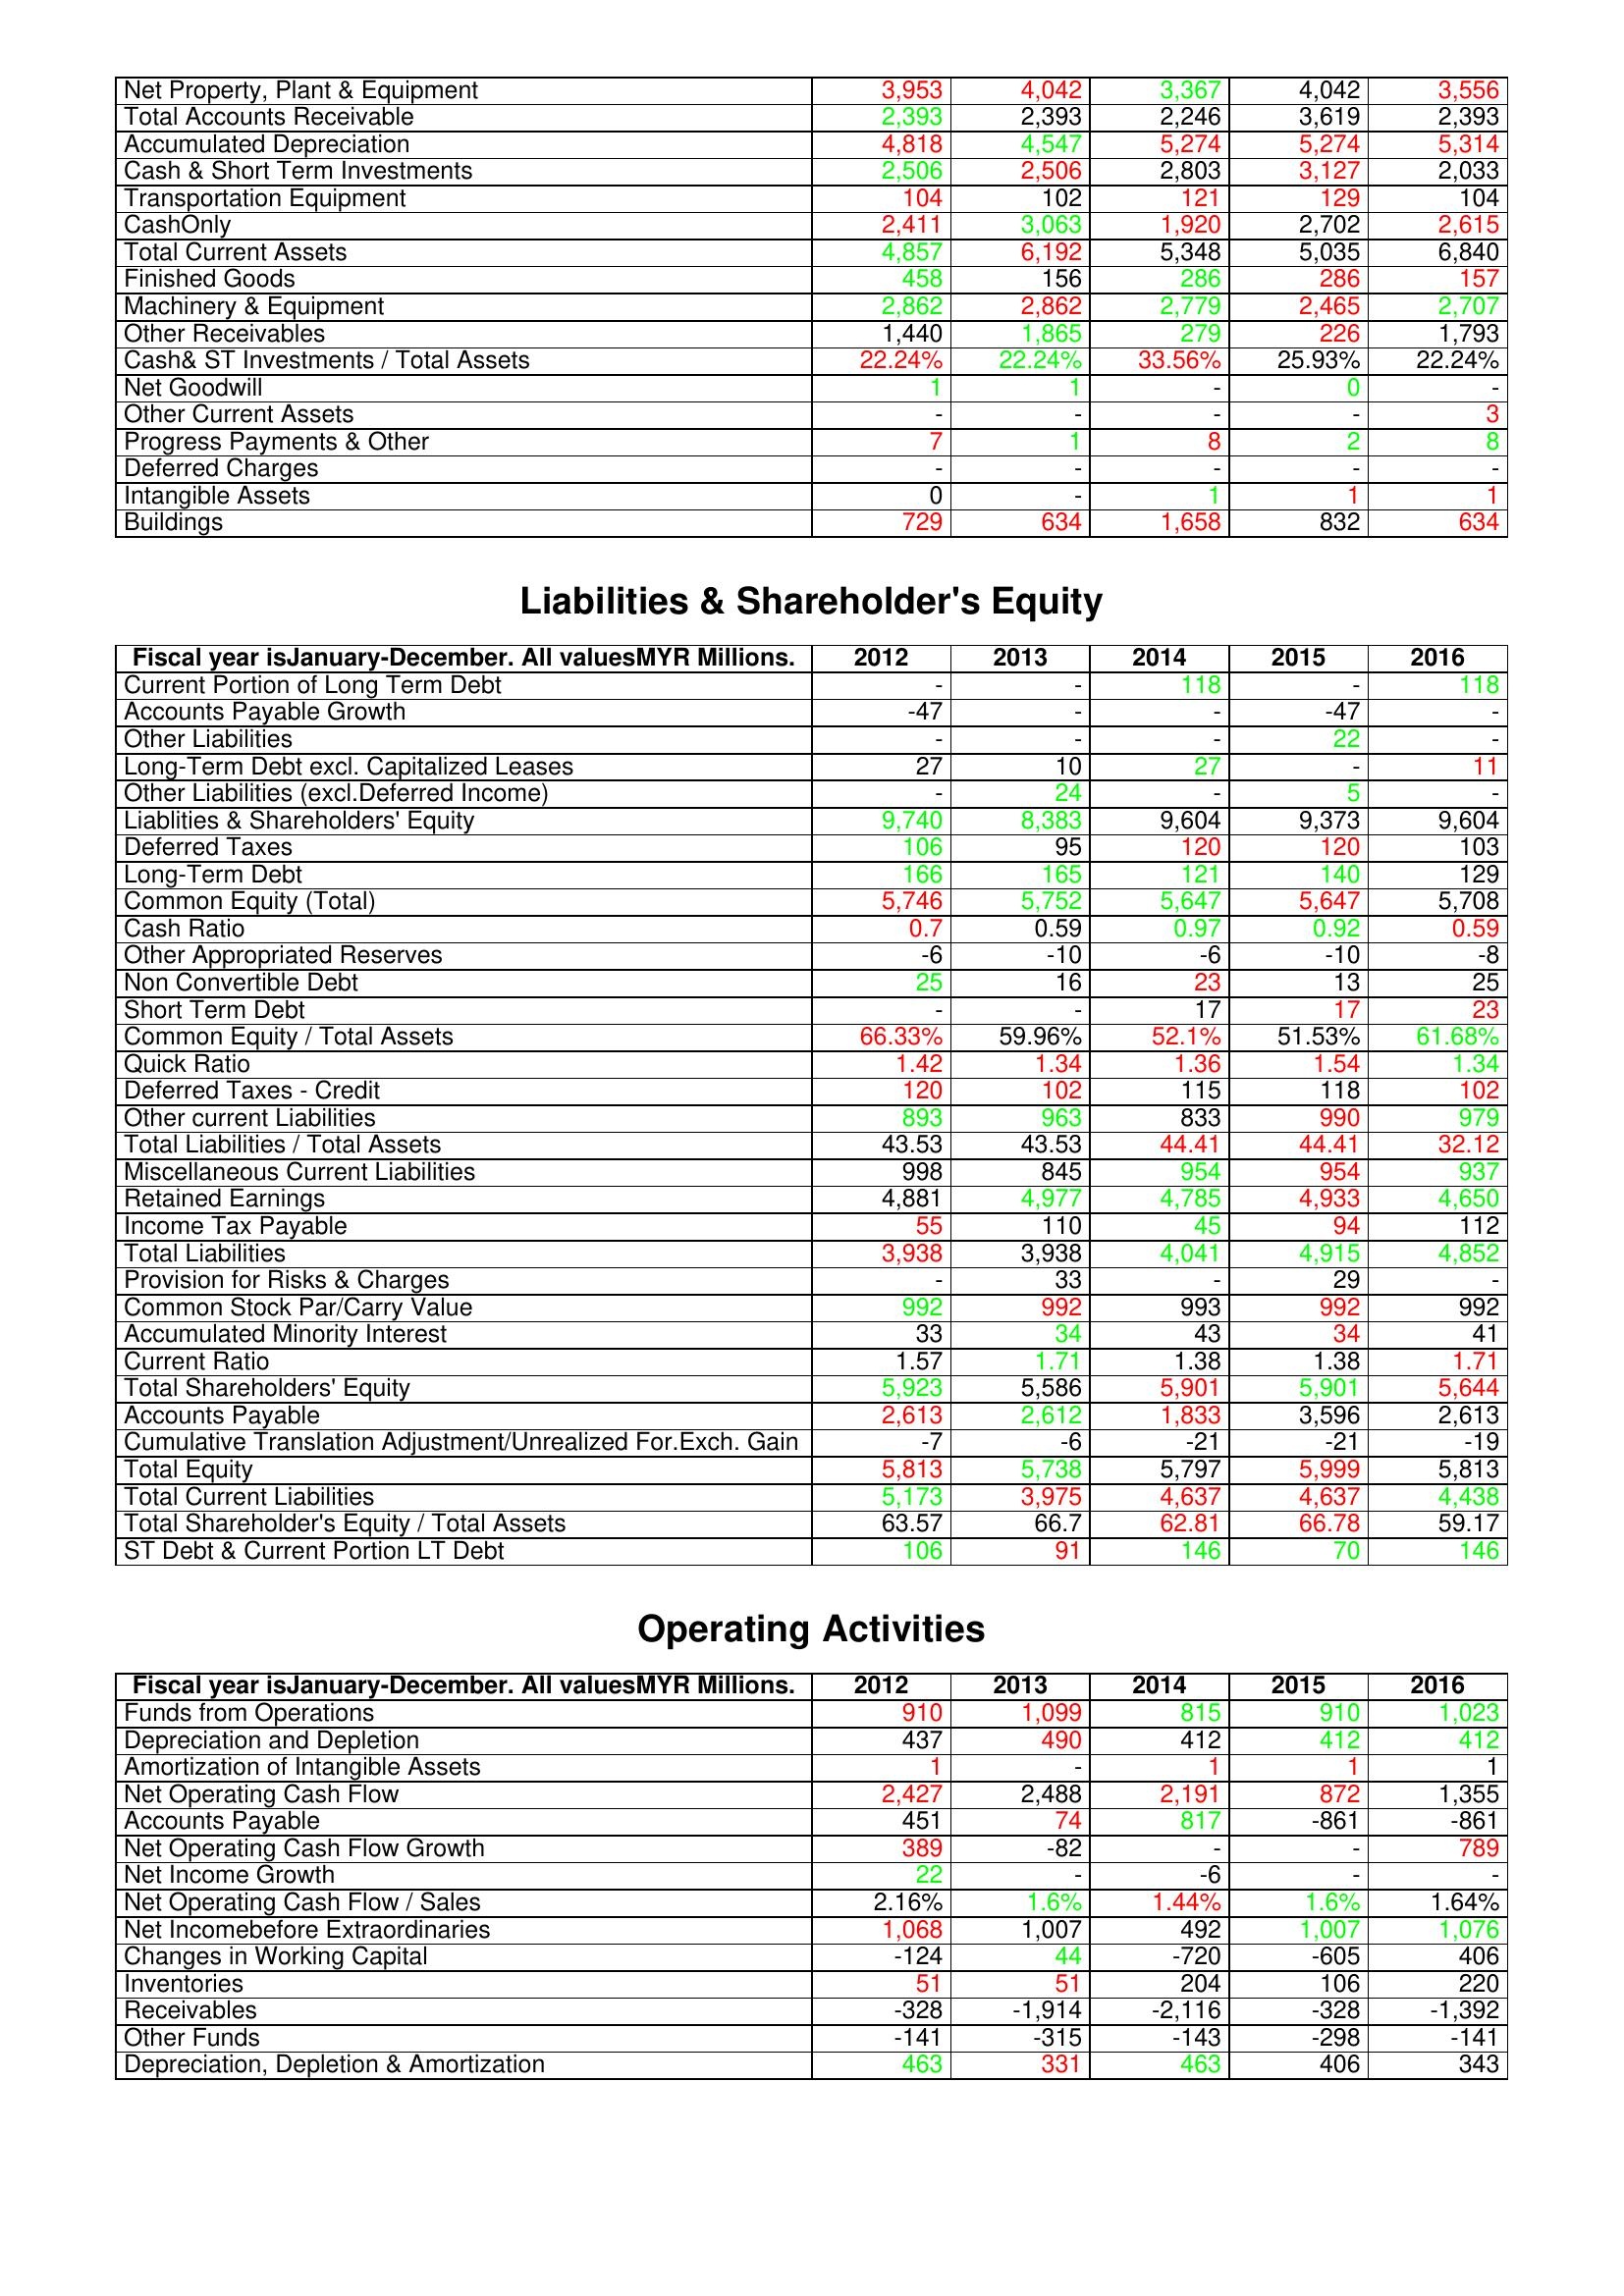
gt_parse: 2012: Assets: Net Property, Plant & Equipment: 3,953
Total Accounts Receivable: 2,393
Accumulated Depreciation: 4,818
Cash & Short Term Investments: 2,506
Transportation Equipment: 104
CashOnly: 2,411
Total Current Assets: 4,857
Finished Goods: 458
Machinery & Equipment: 2,862
Other Receivables: 1,440
Cash& ST Investments / Total Assets: 22.24%
Net Goodwill: 1
Other Current Assets: -
Progress Payments & Other: 7
Deferred Charges: -
Intangible Assets: 0
Buildings: 729
Liabilities & Shareholder's Equity: Current Portion of Long Term Debt: -
Accounts Payable Growth: -47
Other Liabilities: -
Long-Term Debt excl. Capitalized Leases: 27
Other Liabilities (excl.Deferred Income): -
Liablities & Shareholders' Equity: 9,740
Deferred Taxes: 106
Long-Term Debt: 166
Common Equity (Total): 5,746
Cash Ratio: 0.7
Other Appropriated Reserves: -6
Non Convertible Debt: 25
Short Term Debt: -
Common Equity / Total Assets: 66.33%
Quick Ratio: 1.42
Deferred Taxes - Credit: 120
Other current Liabilities: 893
Total Liabilities / Total Assets: 43.53
Miscellaneous Current Liabilities: 998
Retained Earnings: 4,881
Income Tax Payable: 55
Total Liabilities: 3,938
Provision for Risks & Charges: -
Common Stock Par/Carry Value: 992
Accumulated Minority Interest: 33
Current Ratio: 1.57
Total Shareholders' Equity: 5,923
Accounts Payable: 2,613
Cumulative Translation Adjustment/Unrealized For.Exch. Gain: -7
Total Equity: 5,813
Total Current Liabilities: 5,173
Total Shareholder's Equity / Total Assets: 63.57
ST Debt & Current Portion LT Debt: 106
Operating Activities: Funds from Operations: 910
Depreciation and Depletion: 437
Amortization of Intangible Assets: 1
Net Operating Cash Flow: 2,427
Accounts Payable: 451
Net Operating Cash Flow Growth: 389
Net Income Growth: 22
Net Operating Cash Flow / Sales: 2.16%
Net Incomebefore Extraordinaries: 1,068
Changes in Working Capital: -124
Inventories: 51
Receivables: -328
Other Funds: -141
Depreciation, Depletion & Amortization: 463
2013: Assets: Net Property, Plant & Equipment: 4,042
Total Accounts Receivable: 2,393
Accumulated Depreciation: 4,547
Cash & Short Term Investments: 2,506
Transportation Equipment: 102
CashOnly: 3,063
Total Current Assets: 6,192
Finished Goods: 156
Machinery & Equipment: 2,862
Other Receivables: 1,865
Cash& ST Investments / Total Assets: 22.24%
Net Goodwill: 1
Other Current Assets: -
Progress Payments & Other: 1
Deferred Charges: -
Intangible Assets: -
Buildings: 634
Liabilities & Shareholder's Equity: Current Portion of Long Term Debt: -
Accounts Payable Growth: -
Other Liabilities: -
Long-Term Debt excl. Capitalized Leases: 10
Other Liabilities (excl.Deferred Income): 24
Liablities & Shareholders' Equity: 8,383
Deferred Taxes: 95
Long-Term Debt: 165
Common Equity (Total): 5,752
Cash Ratio: 0.59
Other Appropriated Reserves: -10
Non Convertible Debt: 16
Short Term Debt: -
Common Equity / Total Assets: 59.96%
Quick Ratio: 1.34
Deferred Taxes - Credit: 102
Other current Liabilities: 963
Total Liabilities / Total Assets: 43.53
Miscellaneous Current Liabilities: 845
Retained Earnings: 4,977
Income Tax Payable: 110
Total Liabilities: 3,938
Provision for Risks & Charges: 33
Common Stock Par/Carry Value: 992
Accumulated Minority Interest: 34
Current Ratio: 1.71
Total Shareholders' Equity: 5,586
Accounts Payable: 2,612
Cumulative Translation Adjustment/Unrealized For.Exch. Gain: -6
Total Equity: 5,738
Total Current Liabilities: 3,975
Total Shareholder's Equity / Total Assets: 66.7
ST Debt & Current Portion LT Debt: 91
Operating Activities: Funds from Operations: 1,099
Depreciation and Depletion: 490
Amortization of Intangible Assets: -
Net Operating Cash Flow: 2,488
Accounts Payable: 74
Net Operating Cash Flow Growth: -82
Net Income Growth: -
Net Operating Cash Flow / Sales: 1.6%
Net Incomebefore Extraordinaries: 1,007
Changes in Working Capital: 44
Inventories: 51
Receivables: -1,914
Other Funds: -315
Depreciation, Depletion & Amortization: 331
2014: Assets: Net Property, Plant & Equipment: 3,367
Total Accounts Receivable: 2,246
Accumulated Depreciation: 5,274
Cash & Short Term Investments: 2,803
Transportation Equipment: 121
CashOnly: 1,920
Total Current Assets: 5,348
Finished Goods: 286
Machinery & Equipment: 2,779
Other Receivables: 279
Cash& ST Investments / Total Assets: 33.56%
Net Goodwill: -
Other Current Assets: -
Progress Payments & Other: 8
Deferred Charges: -
Intangible Assets: 1
Buildings: 1,658
Liabilities & Shareholder's Equity: Current Portion of Long Term Debt: 118
Accounts Payable Growth: -
Other Liabilities: -
Long-Term Debt excl. Capitalized Leases: 27
Other Liabilities (excl.Deferred Income): -
Liablities & Shareholders' Equity: 9,604
Deferred Taxes: 120
Long-Term Debt: 121
Common Equity (Total): 5,647
Cash Ratio: 0.97
Other Appropriated Reserves: -6
Non Convertible Debt: 23
Short Term Debt: 17
Common Equity / Total Assets: 52.1%
Quick Ratio: 1.36
Deferred Taxes - Credit: 115
Other current Liabilities: 833
Total Liabilities / Total Assets: 44.41
Miscellaneous Current Liabilities: 954
Retained Earnings: 4,785
Income Tax Payable: 45
Total Liabilities: 4,041
Provision for Risks & Charges: -
Common Stock Par/Carry Value: 993
Accumulated Minority Interest: 43
Current Ratio: 1.38
Total Shareholders' Equity: 5,901
Accounts Payable: 1,833
Cumulative Translation Adjustment/Unrealized For.Exch. Gain: -21
Total Equity: 5,797
Total Current Liabilities: 4,637
Total Shareholder's Equity / Total Assets: 62.81
ST Debt & Current Portion LT Debt: 146
Operating Activities: Funds from Operations: 815
Depreciation and Depletion: 412
Amortization of Intangible Assets: 1
Net Operating Cash Flow: 2,191
Accounts Payable: 817
Net Operating Cash Flow Growth: -
Net Income Growth: -6
Net Operating Cash Flow / Sales: 1.44%
Net Incomebefore Extraordinaries: 492
Changes in Working Capital: -720
Inventories: 204
Receivables: -2,116
Other Funds: -143
Depreciation, Depletion & Amortization: 463
2015: Assets: Net Property, Plant & Equipment: 4,042
Total Accounts Receivable: 3,619
Accumulated Depreciation: 5,274
Cash & Short Term Investments: 3,127
Transportation Equipment: 129
CashOnly: 2,702
Total Current Assets: 5,035
Finished Goods: 286
Machinery & Equipment: 2,465
Other Receivables: 226
Cash& ST Investments / Total Assets: 25.93%
Net Goodwill: 0
Other Current Assets: -
Progress Payments & Other: 2
Deferred Charges: -
Intangible Assets: 1
Buildings: 832
Liabilities & Shareholder's Equity: Current Portion of Long Term Debt: -
Accounts Payable Growth: -47
Other Liabilities: 22
Long-Term Debt excl. Capitalized Leases: -
Other Liabilities (excl.Deferred Income): 5
Liablities & Shareholders' Equity: 9,373
Deferred Taxes: 120
Long-Term Debt: 140
Common Equity (Total): 5,647
Cash Ratio: 0.92
Other Appropriated Reserves: -10
Non Convertible Debt: 13
Short Term Debt: 17
Common Equity / Total Assets: 51.53%
Quick Ratio: 1.54
Deferred Taxes - Credit: 118
Other current Liabilities: 990
Total Liabilities / Total Assets: 44.41
Miscellaneous Current Liabilities: 954
Retained Earnings: 4,933
Income Tax Payable: 94
Total Liabilities: 4,915
Provision for Risks & Charges: 29
Common Stock Par/Carry Value: 992
Accumulated Minority Interest: 34
Current Ratio: 1.38
Total Shareholders' Equity: 5,901
Accounts Payable: 3,596
Cumulative Translation Adjustment/Unrealized For.Exch. Gain: -21
Total Equity: 5,999
Total Current Liabilities: 4,637
Total Shareholder's Equity / Total Assets: 66.78
ST Debt & Current Portion LT Debt: 70
Operating Activities: Funds from Operations: 910
Depreciation and Depletion: 412
Amortization of Intangible Assets: 1
Net Operating Cash Flow: 872
Accounts Payable: -861
Net Operating Cash Flow Growth: -
Net Income Growth: -
Net Operating Cash Flow / Sales: 1.6%
Net Incomebefore Extraordinaries: 1,007
Changes in Working Capital: -605
Inventories: 106
Receivables: -328
Other Funds: -298
Depreciation, Depletion & Amortization: 406
2016: Assets: Net Property, Plant & Equipment: 3,556
Total Accounts Receivable: 2,393
Accumulated Depreciation: 5,314
Cash & Short Term Investments: 2,033
Transportation Equipment: 104
CashOnly: 2,615
Total Current Assets: 6,840
Finished Goods: 157
Machinery & Equipment: 2,707
Other Receivables: 1,793
Cash& ST Investments / Total Assets: 22.24%
Net Goodwill: -
Other Current Assets: 3
Progress Payments & Other: 8
Deferred Charges: -
Intangible Assets: 1
Buildings: 634
Liabilities & Shareholder's Equity: Current Portion of Long Term Debt: 118
Accounts Payable Growth: -
Other Liabilities: -
Long-Term Debt excl. Capitalized Leases: 11
Other Liabilities (excl.Deferred Income): -
Liablities & Shareholders' Equity: 9,604
Deferred Taxes: 103
Long-Term Debt: 129
Common Equity (Total): 5,708
Cash Ratio: 0.59
Other Appropriated Reserves: -8
Non Convertible Debt: 25
Short Term Debt: 23
Common Equity / Total Assets: 61.68%
Quick Ratio: 1.34
Deferred Taxes - Credit: 102
Other current Liabilities: 979
Total Liabilities / Total Assets: 32.12
Miscellaneous Current Liabilities: 937
Retained Earnings: 4,650
Income Tax Payable: 112
Total Liabilities: 4,852
Provision for Risks & Charges: -
Common Stock Par/Carry Value: 992
Accumulated Minority Interest: 41
Current Ratio: 1.71
Total Shareholders' Equity: 5,644
Accounts Payable: 2,613
Cumulative Translation Adjustment/Unrealized For.Exch. Gain: -19
Total Equity: 5,813
Total Current Liabilities: 4,438
Total Shareholder's Equity / Total Assets: 59.17
ST Debt & Current Portion LT Debt: 146
Operating Activities: Funds from Operations: 1,023
Depreciation and Depletion: 412
Amortization of Intangible Assets: 1
Net Operating Cash Flow: 1,355
Accounts Payable: -861
Net Operating Cash Flow Growth: 789
Net Income Growth: -
Net Operating Cash Flow / Sales: 1.64%
Net Incomebefore Extraordinaries: 1,076
Changes in Working Capital: 406
Inventories: 220
Receivables: -1,392
Other Funds: -141
Depreciation, Depletion & Amortization: 343